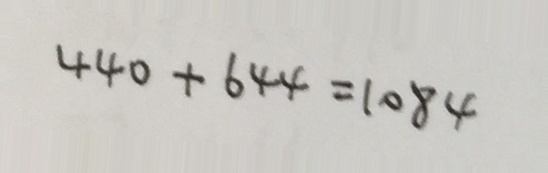
4 4 0 + 6 4 4 = 1 0 8 4